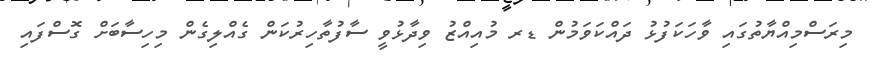
މިރަސްމިއްޔާތުގައި ވާހަކަފުޅު ދައްކަވަމުން ޑރ މުއިއްޒު ވިދާޅުވީ ސާފުތާހިރުކަން ގެއްލިގެން މިހިސާބަށް ގޮސްފައި